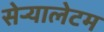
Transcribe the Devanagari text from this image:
सेर्‍यालेटम